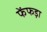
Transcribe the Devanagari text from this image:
फेंफड़ा